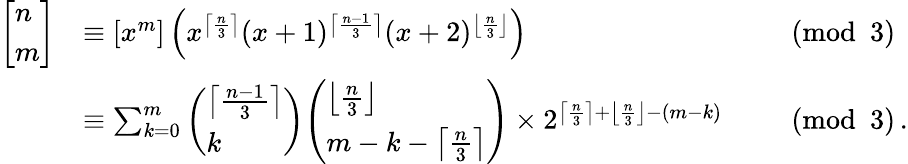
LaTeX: {\begin{array}{rlrl}{{\left[\begin{array}{l}{n}\\ {m}\end{array}\right]}}&{\equiv[x^{m}]\left(x^{\left\lceil{\frac{n}{3}}\right\rceil}(x+1)^{\left\lceil{\frac{n-1}{3}}\right\rceil}(x+2)^{\left\lfloor{\frac{n}{3}}\right\rfloor}\right)}&&{{\pmod{3}}}\\ &{\equiv\sum_{k=0}^{m}{\left(\begin{array}{l}{\left\lceil{\frac{n-1}{3}}\right\rceil}\\ {k}\end{array}\right)}{\left(\begin{array}{l}{\left\lfloor{\frac{n}{3}}\right\rfloor}\\ {m-k-\left\lceil{\frac{n}{3}}\right\rceil}\end{array}\right)}\times 2^{\left\lceil{\frac{n}{3}}\right\rceil+\left\lfloor{\frac{n}{3}}\right\rfloor-(m-k)}}&&{{\pmod{3}}\, .}\end{array}}